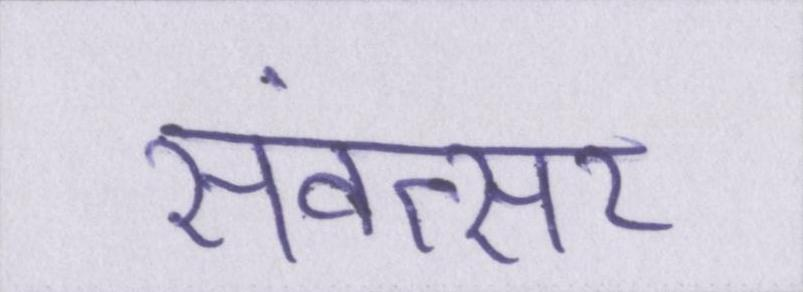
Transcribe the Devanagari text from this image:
संवत्सर